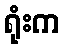
ရုံးက